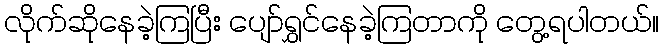
လိုက်ဆိုနေခဲ့ကြပြီး ပျော်ရွှင်နေခဲ့ကြတာကို တွေ့ရပါတယ်။